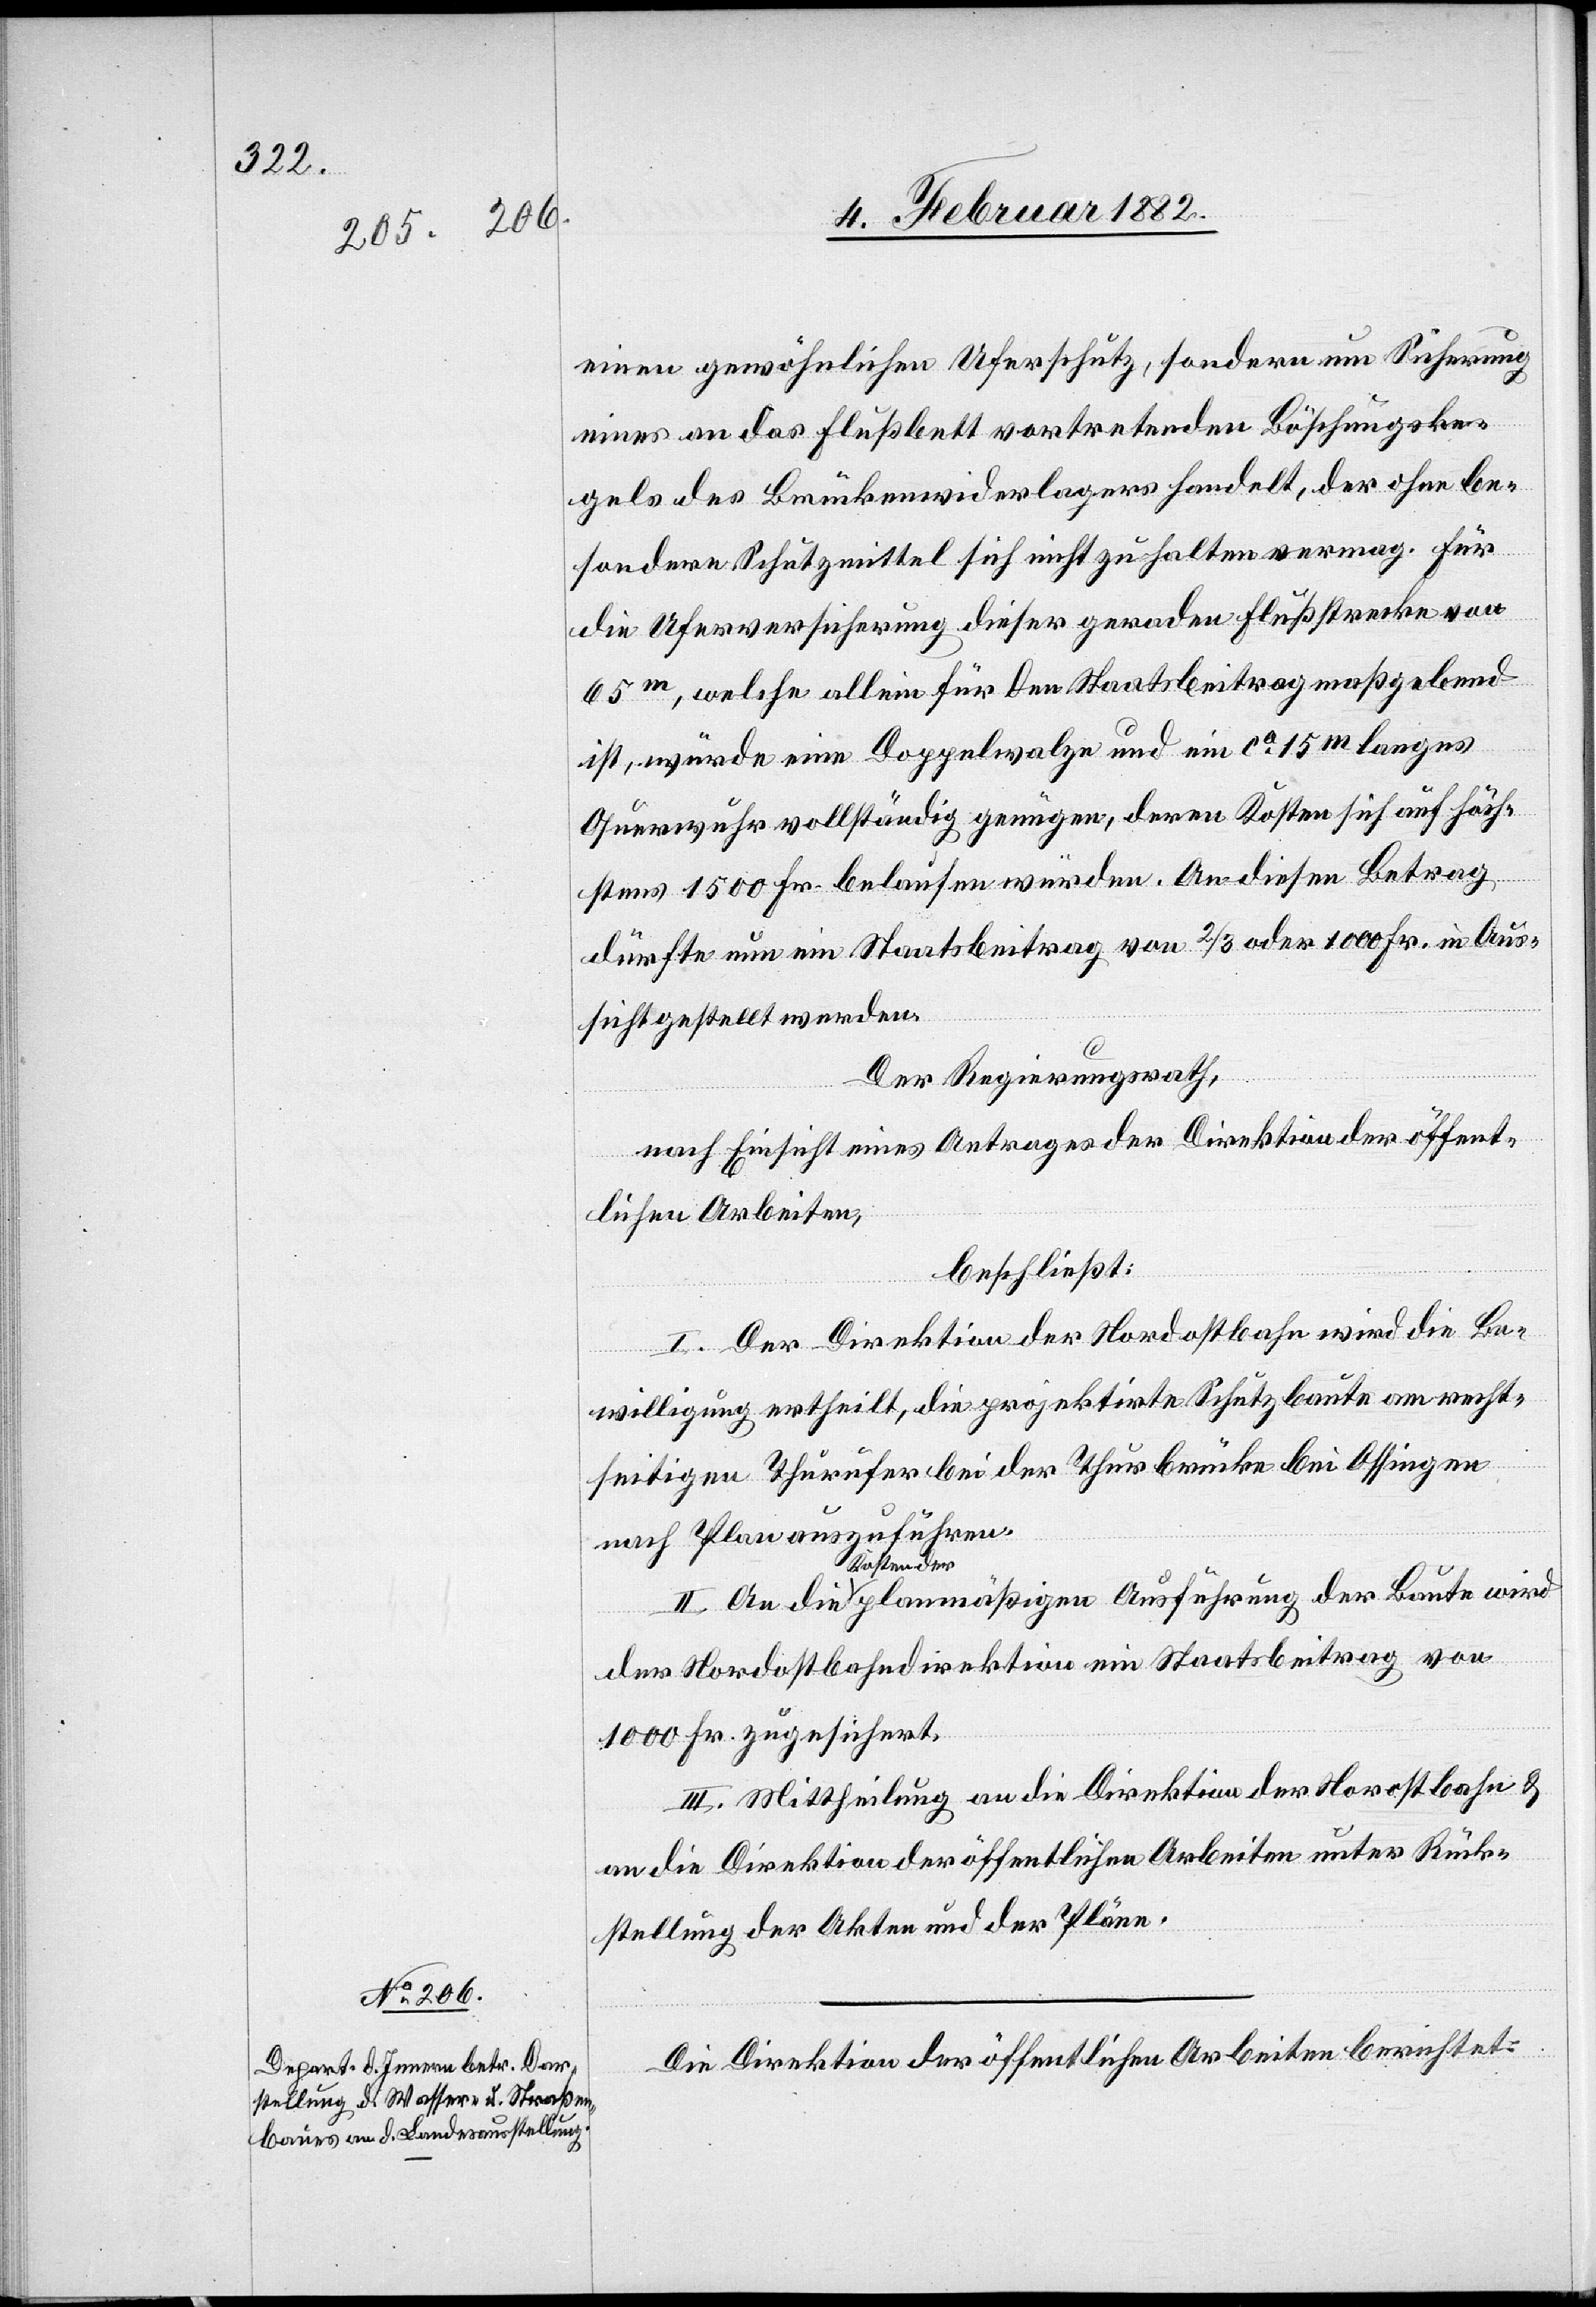
einen gewöhnlichen Uferschutz, sondern um Sicherung
eines an das Flußbett vortretenden Böschungske¬
gels des Brückenwiderlagers handelt, der ohne be¬
sonderen Schutzmittel sich nicht zu halten vermag. Für
die Ufersicherung dieser geraden Flußstrecke von
65 m, welche allein für den Staatsbeitrag maßgebend
ist, würde eine Doppelwalze und ein ca 15m langes
Querwuhr vollständig genügen, deren Kosten sich auf höch¬
stens 1500 Fr. belaufen würden. An diesem Betrag
dürfte nun ein Staatsbeitrag von 2/3 oder 1000 Fr. in Aus¬
sicht gestellt werden.
An
Der Regierungsrath,
nach Einsicht eines Antrages der Direktion der öffent¬
lichen Arbeiten,
beschließt:
I. Der Direktion der Nordostbahn wird die Be¬
willigung ertheilt, die projektierte Schutzbaute am recht¬
seitigen Thurufer bei der Thurbrücke bei Ossingen
führen.
nach Plan auszu¬
Kosten der
der
der Nordostbahndirektion ein Staatsbeitrag von
1000 Fr. zugesichert.
III. Mittheilung an die Direktion der Nordostbahn &
an die Direktion der öffentlichen Arbeiten unter Rück¬
stellung der Akten und der Pläne.
Die Direktion der öffentlichen Arbeiten berichtet: